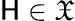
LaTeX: \mathsf{H}\in{\mathfrak{{X}}}